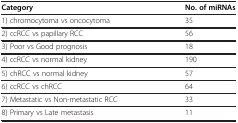
<table><thead><tr><td><b>Category</b></td><td><b>No. of miRNAs</b></td></tr></thead><tbody><tr><td>1) chromocytoma vs oncocytoma</td><td>35</td></tr><tr><td>2) ccRCC vs papillary RCC</td><td>56</td></tr><tr><td>3) Poor vs Good prognosis</td><td>18</td></tr><tr><td>4) ccRCC vs normal kidney</td><td>190</td></tr><tr><td>5) chRCC vs normal kidney</td><td>57</td></tr><tr><td>6) ccRCC vs chRCC</td><td>64</td></tr><tr><td>7) Metastatic vs Non-metastatic RCC</td><td>33</td></tr><tr><td>8) Primary vs Late metastasis</td><td>11</td></tr></tbody></table>